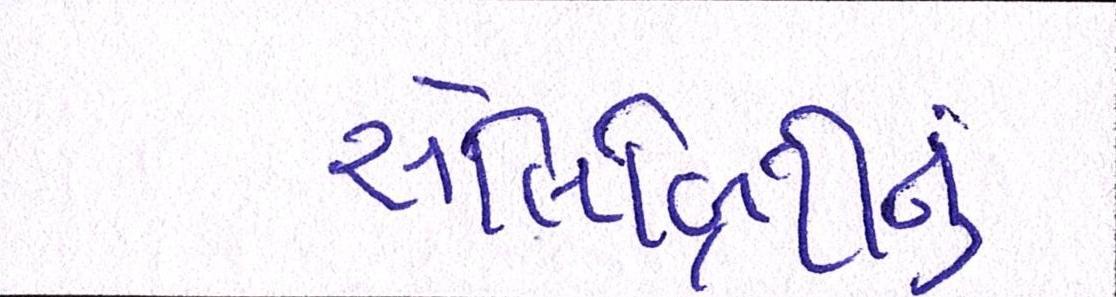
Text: સેલિબ્રિટીનું